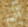
أتيتم